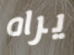
يراه